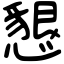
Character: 懇